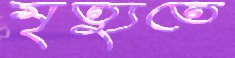
মৃত্যুতে